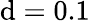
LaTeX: \mathrm{d}=0.1